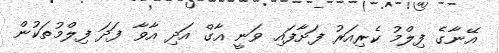
އޭނާގެ ފިލްމު ކެރިއަރު ފަށާފައި ވަނީ އާގް އަދި އާވާ ފަދަ ފިލްމުތަކުން